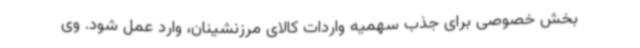
بخش خصوصی برای جذب سهمیه واردات کالای مرزنشینان، وارد عمل شود. وی